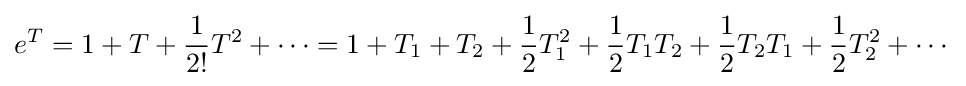
e^{T}=1+T+{\frac {1}{2!}}T^{2}+\cdots =1+T_{1}+T_{2}+{\frac {1}{2}}T_{1}^{2}+{\frac {1}{2}}T_{1}T_{2}+{\frac {1}{2}}T_{2}T_{1}+{\frac {1}{2}}T_{2}^{2}+\cdots